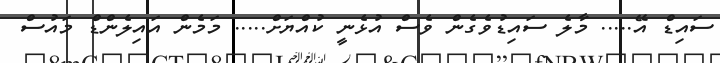
ސައިޑް އޭ..... މާލެ ސައިޑުވެގެން ވެސް އުޅެނީ ކުއްޔަށް..... މަމެން އައިލެންޑް މައުސް